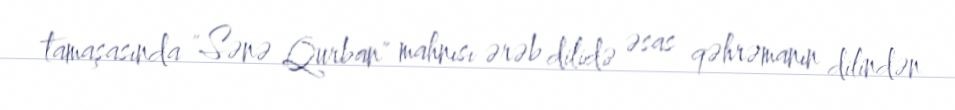
tamaşasında "Sənə Qurban" mahnısı ərəb dilidə əsas qəhrəmanın dilindən